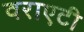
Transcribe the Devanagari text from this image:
वराएटी